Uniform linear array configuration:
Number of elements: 8
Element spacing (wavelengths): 0.75
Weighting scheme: uniform
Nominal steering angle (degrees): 15
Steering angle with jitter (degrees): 15.604
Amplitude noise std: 0.05
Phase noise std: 0.05

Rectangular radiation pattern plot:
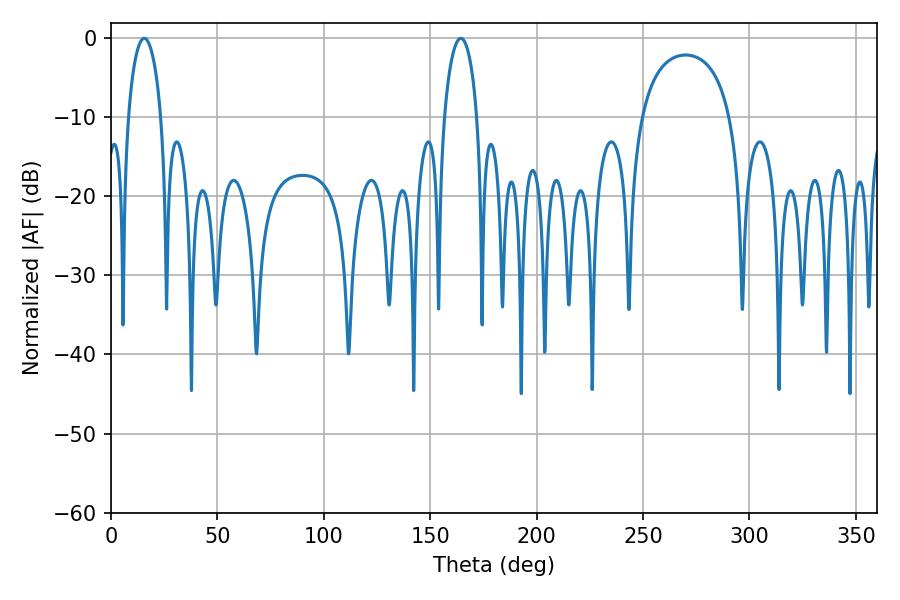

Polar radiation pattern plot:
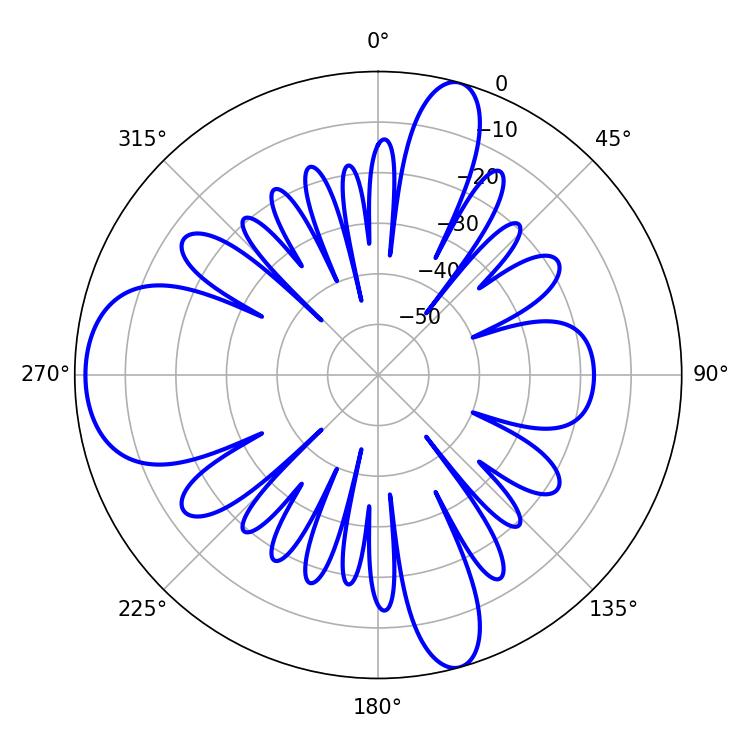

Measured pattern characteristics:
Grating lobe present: TRUE
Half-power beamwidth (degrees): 8.82
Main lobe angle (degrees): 15.66